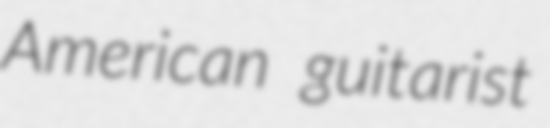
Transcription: American guitarist